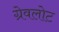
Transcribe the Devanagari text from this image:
ग्रेवलोट